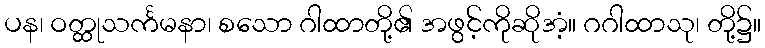
ပန၊ ဝတ္ထုသင်္ကမနာ၊ စသော ဂါထာတို့၏ အဖွင့်ကိုဆိုအံ့။ ဂဂါထာသု၊ တို့၌။